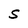
Character: S